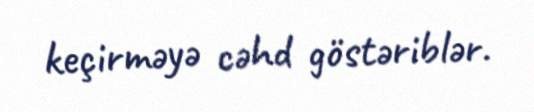
keçirməyə cəhd göstəriblər.